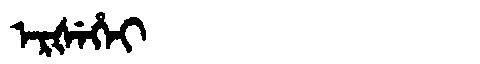
Manchu: ᡝᡵᡧᡝᡥᡝᡳ
Romanization: ERŠEHEI